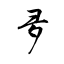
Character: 夛